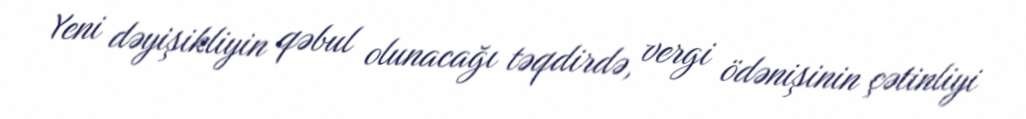
Yeni dəyişikliyin qəbul olunacağı təqdirdə, vergi ödənişinin çətinliyi